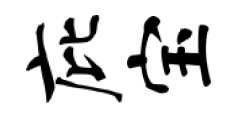
庇宝